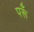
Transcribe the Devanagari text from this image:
परूँ